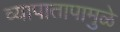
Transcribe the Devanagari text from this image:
व्यापातापामुळे